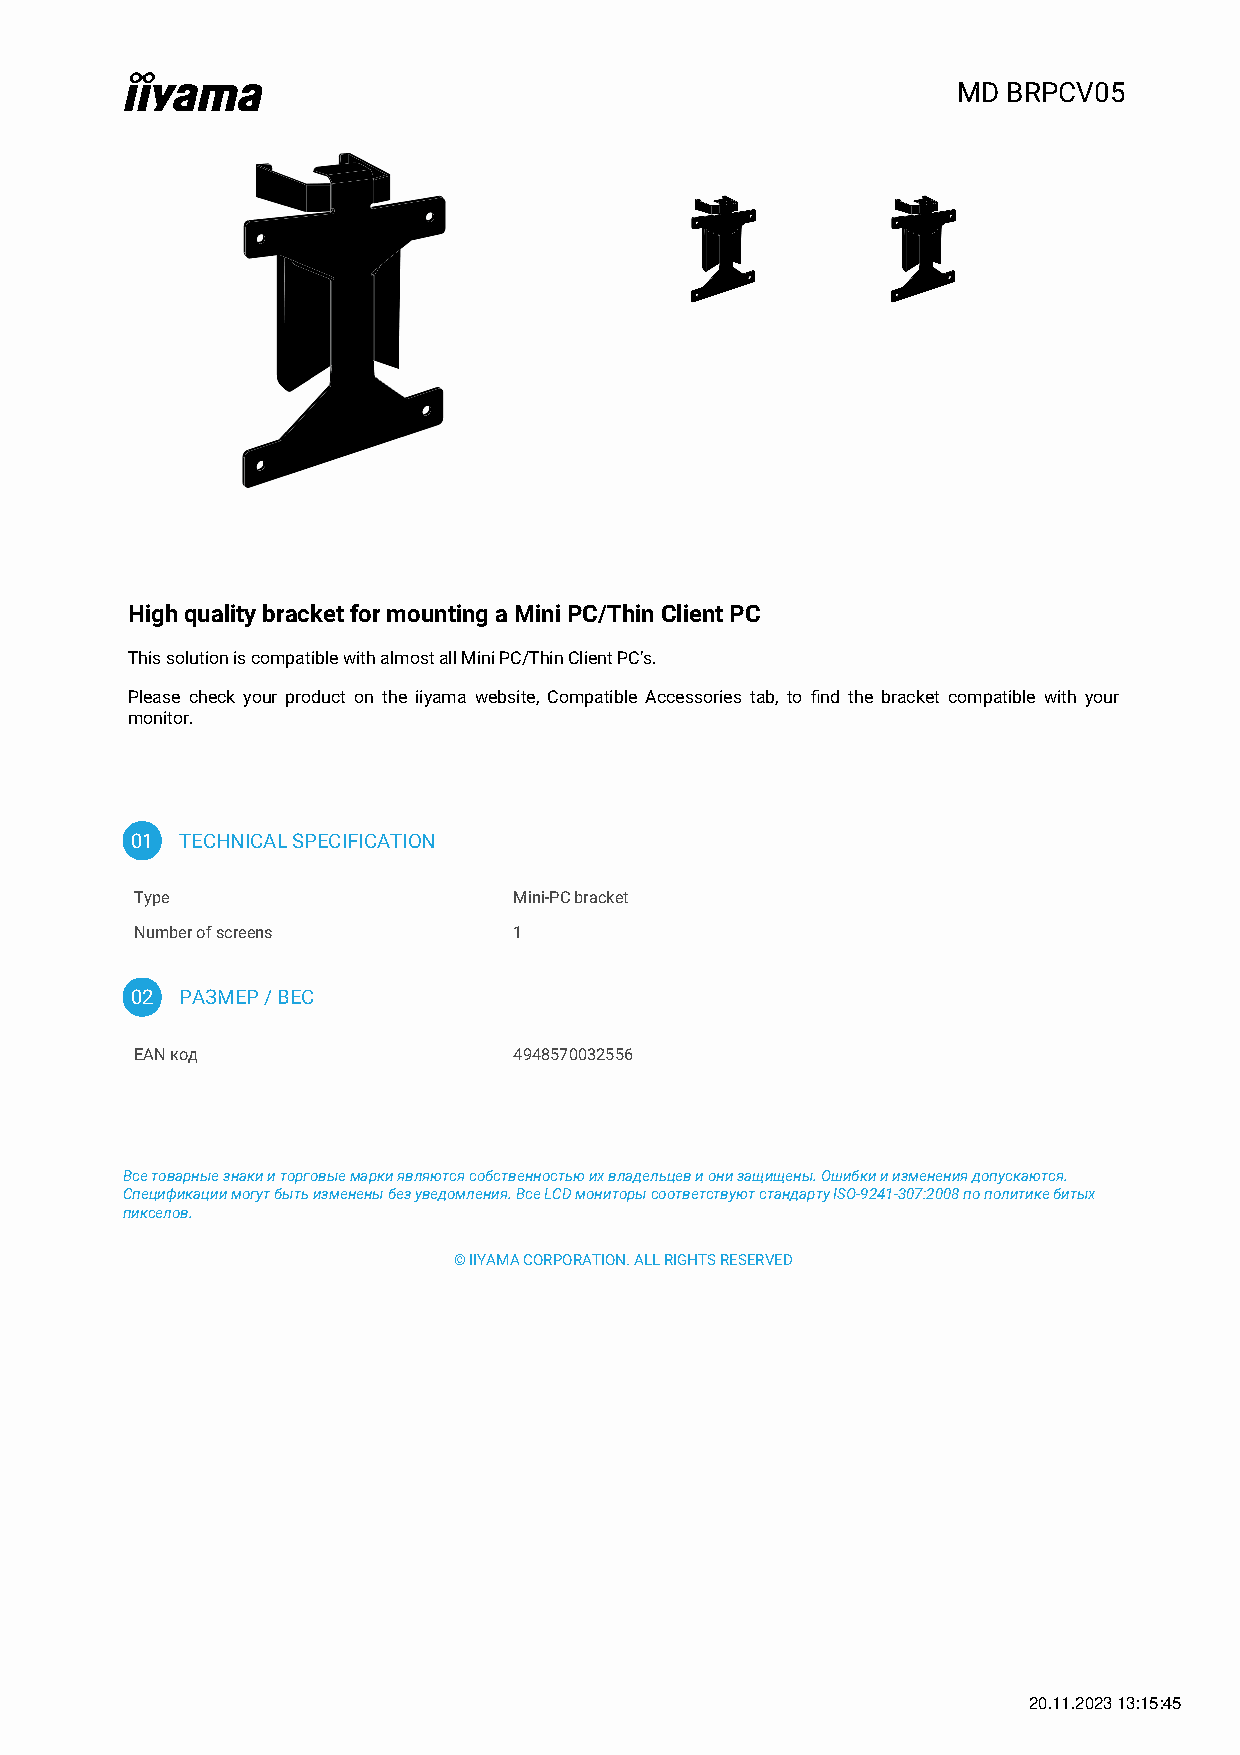
MD  BRPCV05
 High quality bracket for mounting a Mini PC/Thin Client PC
 This solution is compatible with almost all Mini PC/Thin Client PC’s.
 Please check your product on the iiyama website, Compatible Accessories tab, to find the bracket compatible with your
 monitor.
 01 TECHNICAL SPECIFICATION
 Type                     Mini-PC bracket
 Number of screens        1
 02 РАЗМЕР / ВЕС
 EAN код                  4948570032556
 Все товарные знаки и торговые марки являются собственностью их владельцев и они защищены. Ошибки и изменения допускаются.
 Спецификации могут быть изменены без уведомления. Все LCD мониторы соответствуют стандарту ISO-9241-307:2008 по политике битых
 пикселов.
 © IIYAMA CORPORATION. ALL RIGHTS RESERVED
 20.11.2023 13:15:45